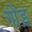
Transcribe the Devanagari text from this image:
गोंड़